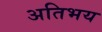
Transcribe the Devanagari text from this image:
अतिभय